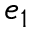
e _ { 1 }